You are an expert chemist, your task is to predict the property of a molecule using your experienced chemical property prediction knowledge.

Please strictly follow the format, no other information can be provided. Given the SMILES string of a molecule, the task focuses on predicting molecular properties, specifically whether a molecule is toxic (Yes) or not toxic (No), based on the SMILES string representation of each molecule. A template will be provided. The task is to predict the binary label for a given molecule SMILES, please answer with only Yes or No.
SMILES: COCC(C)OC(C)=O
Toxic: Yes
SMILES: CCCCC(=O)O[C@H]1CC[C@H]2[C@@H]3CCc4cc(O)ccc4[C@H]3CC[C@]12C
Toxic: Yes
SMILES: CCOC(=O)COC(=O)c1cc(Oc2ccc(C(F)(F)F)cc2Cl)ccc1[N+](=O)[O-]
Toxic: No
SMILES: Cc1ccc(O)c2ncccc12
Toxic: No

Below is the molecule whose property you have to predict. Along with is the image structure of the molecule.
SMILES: Cc1ccc(NC(=O)c2ccc(CN3CCN(C)CC3)cc2)cc1Nc1nccc(-c2cccnc2)n1
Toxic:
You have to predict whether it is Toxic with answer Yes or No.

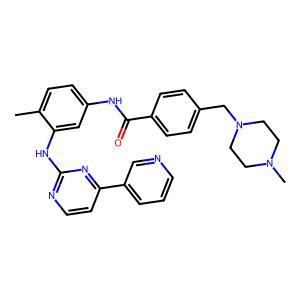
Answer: No